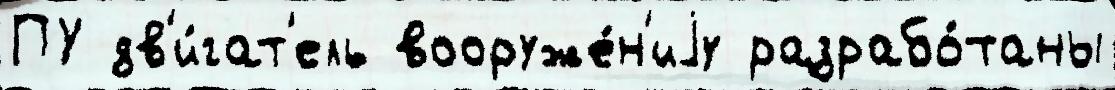
ПУ дв'и́гат'ель вооруже́н'иjу разрабо́таны